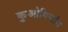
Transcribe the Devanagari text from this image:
कुओमिन्टांग